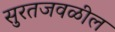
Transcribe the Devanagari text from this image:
सुरतजवळील